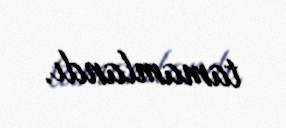
tamamlandı.